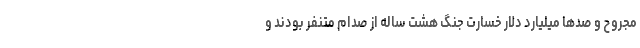
مجروح و صدها میلیارد دلار خسارت جنگ هشت ساله از صدام متنفر بودند و